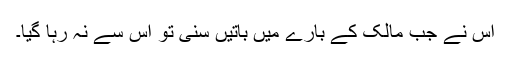
اس نے جب مالک کے بارے میں باتیں سنی تو اس سے نہ رہا گیا۔